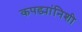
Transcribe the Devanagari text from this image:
कपड्यांनिशी